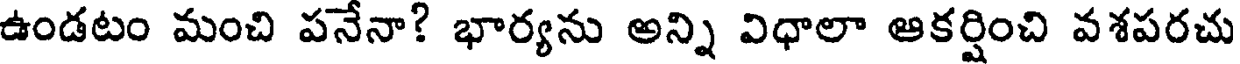
ఉండటం మంచి పనేనా? భార్యను అన్ని విధాలా ఆకర్షించి వశపరచు